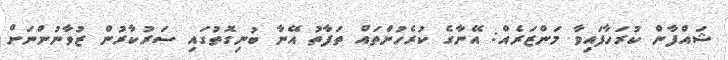
ޝައްފާން ކުރަހާފައިވާ މަންޒަރެއް: އޭނާގެ ކުރެހުންތައް ތަފާތު އޭނާ ބުނިގޮތުގައި ސަރުކާރުން ޒުވާނުންނަށް